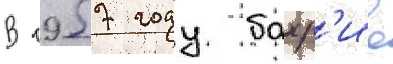
В 1957 году бахр'ие